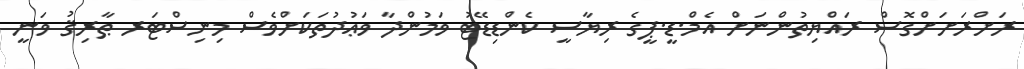
ރަށްރަށަށްގޮސް ރައްޔިތުންނަށް އެމް.ޑީ.ޕީގެ ރިޔާސީ ކެންޑިޑޭޓު ވަމުންދާ ވަޢުދުތަކަށްވެސް މިނިސްޓަރ ޠާރިޤު ވަނީ